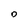
Character: O